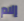
إلام